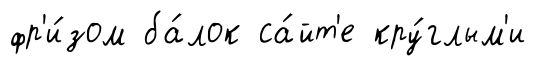
фр'и́зом ба́лок са́йт'е кру́глым'и